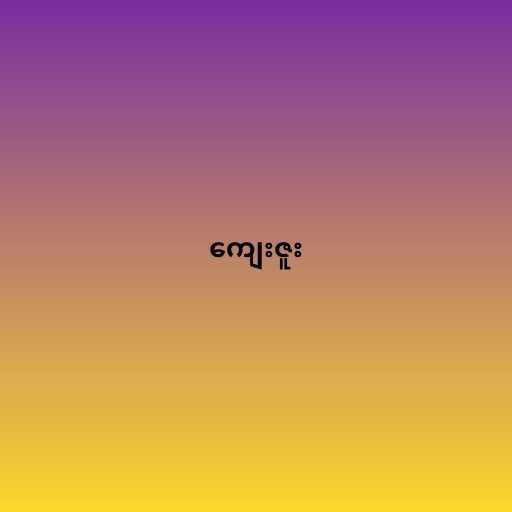
ကျေးဇူး